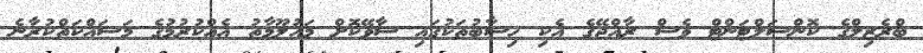
ބްރެޒިލްގެ ކޮންސަލްޓަންޓް ވެސް ރާއްޖޭގެ އެކި ހިސާބުތަކުގައި ސާވޭކޮށް މައުލޫމާތު އެއްކުރުމުގެ މަސައްކަތްކުރާނެ